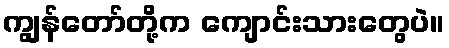
ကျွန်တော်တို့က ကျောင်းသားတွေပဲ။